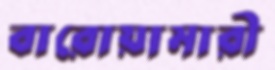
বারোয়ামারী